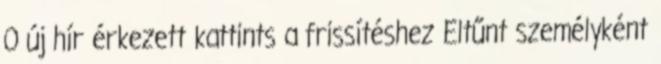
0 új hír érkezett kattints a frissítéshez Eltűnt személyként